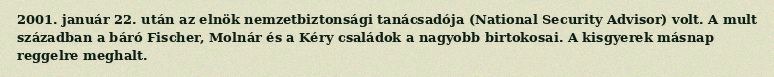
2001. január 22. után az elnök nemzetbiztonsági tanácsadója (National Security Advisor) volt. A mult században a báró Fischer, Molnár és a Kéry családok a nagyobb birtokosai. A kisgyerek másnap reggelre meghalt.